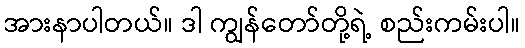
အားနာပါတယ်။ ဒါ ကျွန်တော်တို့ရဲ့ စည်းကမ်းပါ။